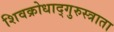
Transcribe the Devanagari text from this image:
शिवक्रोधाद्गुरुस्त्राता